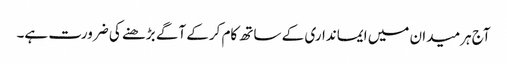
آج ہرمیدان میں ایمانداری کے ساتھ کام کرکے آگے بڑھنے کی ضرورت ہے۔